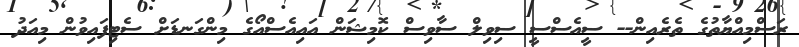
ރަސްމިއްޔާތުގެ ތެރެއިން-- ސީއެސްސީ ސިވިލް ސާވިސް ކޮމިޝަން އައިއެސްއޯގެ މިންގަނޑަށް ސެޓިފައިވުން މިއަދު